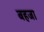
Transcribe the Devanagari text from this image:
बहजा